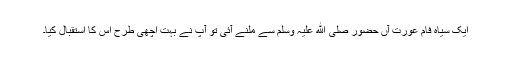
ایک سیاہ فام عورت آں حضور صلی ﷲ علیہ وسلم سے ملنے آئی تو آپ نے بہت اچھی طرح اس کا استقبال کیا۔